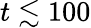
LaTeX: t\lesssim 100